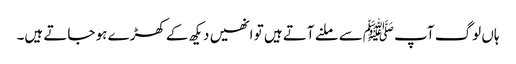
ہاں لوگ آپ ﷺسے ملنے آتے ہیں تو انھیں دیکھ کے کھڑے ہو جاتے ہیں۔